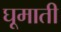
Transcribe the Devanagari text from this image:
घूमाती